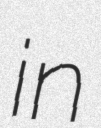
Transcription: in